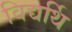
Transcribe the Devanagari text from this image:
विद्यर्थि